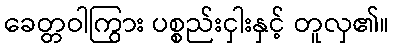
ခေတ္တဝါကြွား ပစ္စည်းငှါးနှင့် တူလှ၏။